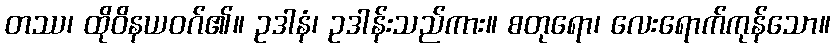
တဿ၊ ထိုဝိနယဝဂ်၏။ ဥဒါနံ၊ ဥဒါန်းသည်ကား။ စတုရော၊ လေးရောက်ကုန်သော။